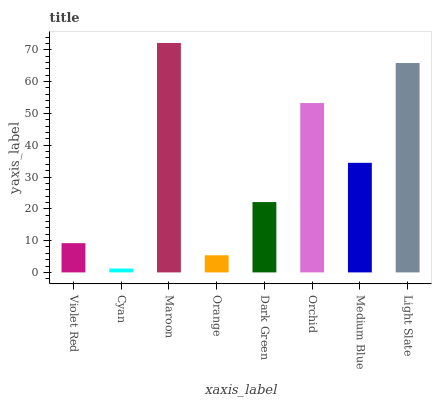
| xaxis_label | bars |
 | --- | --- |
 | Violet Red | 9.2 |
 | Cyan | 1.22 |
 | Maroon | 72.2 |
 | Orange | 5.38 |
 | Dark Green | 22.1 |
 | Orchid | 53.3 |
 | Medium Blue | 34.5 |
 | Light Slate | 65.8 |